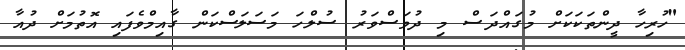
"ހުރިހާ ދީންތަކަކަށް މުގައްދަސް މި ދުވަސްވަރު ސުލްހަ މަސަލަސްކަން ގާއިމްވެފައި އޮތުމަށް ދުއާ